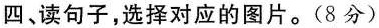
四、读句子,选择对应的图片.(8分)